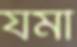
যমী